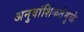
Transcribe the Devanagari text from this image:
अनुवांशिकतेमुळे